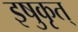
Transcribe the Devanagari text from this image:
इषुकृत्